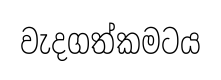
වැදගත්කමටය